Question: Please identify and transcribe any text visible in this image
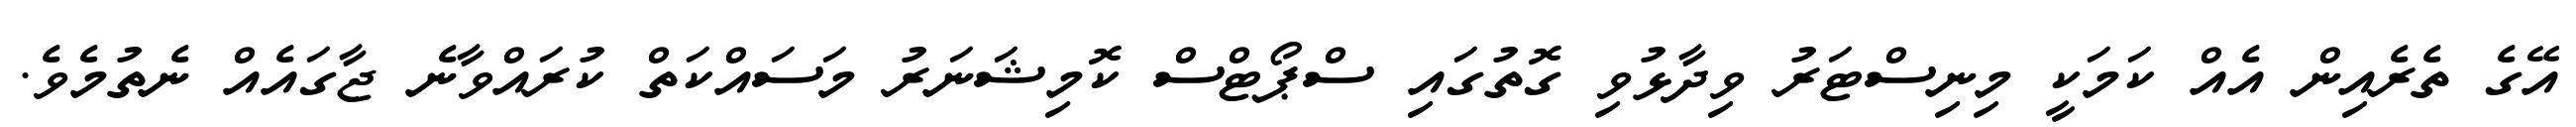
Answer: އޭގެ ތެރެއިން އެއް ކަމަކީ މިނިސްޓަރު ވިދާޅުވި ގޮތުގައި ސްޕޯޓްސް ކޮމިޝަނަރު މަސައްކަތް ކުރައްވާނެ ޖާގައެއް ނެތުމެވެ.